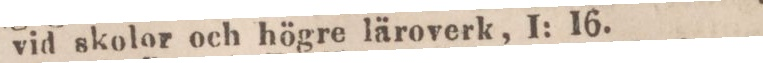
vid skolor och högre läroverk, 1: 16.